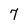
Character: 7